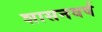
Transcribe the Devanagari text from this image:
शासनवर्ष